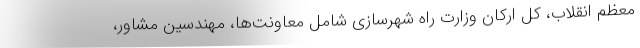
معظم انقلاب، کل ارکان وزارت راه شهرسازی شامل معاونت‌ها، مهندسین مشاور،